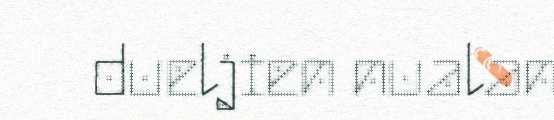
dueljien nualan